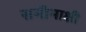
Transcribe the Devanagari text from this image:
समीमाक्षी